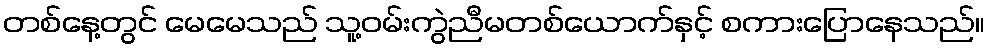
တစ်နေ့တွင် မေမေသည် သူ့ဝမ်းကွဲညီမတစ်ယောက်နှင့် စကားပြောနေသည်။